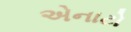
એનાટો